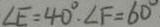
\angle E = 4 0 ^ { \circ } . \angle F = 6 0 ^ { \circ }